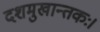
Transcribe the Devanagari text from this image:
दशमुखान्तकः।